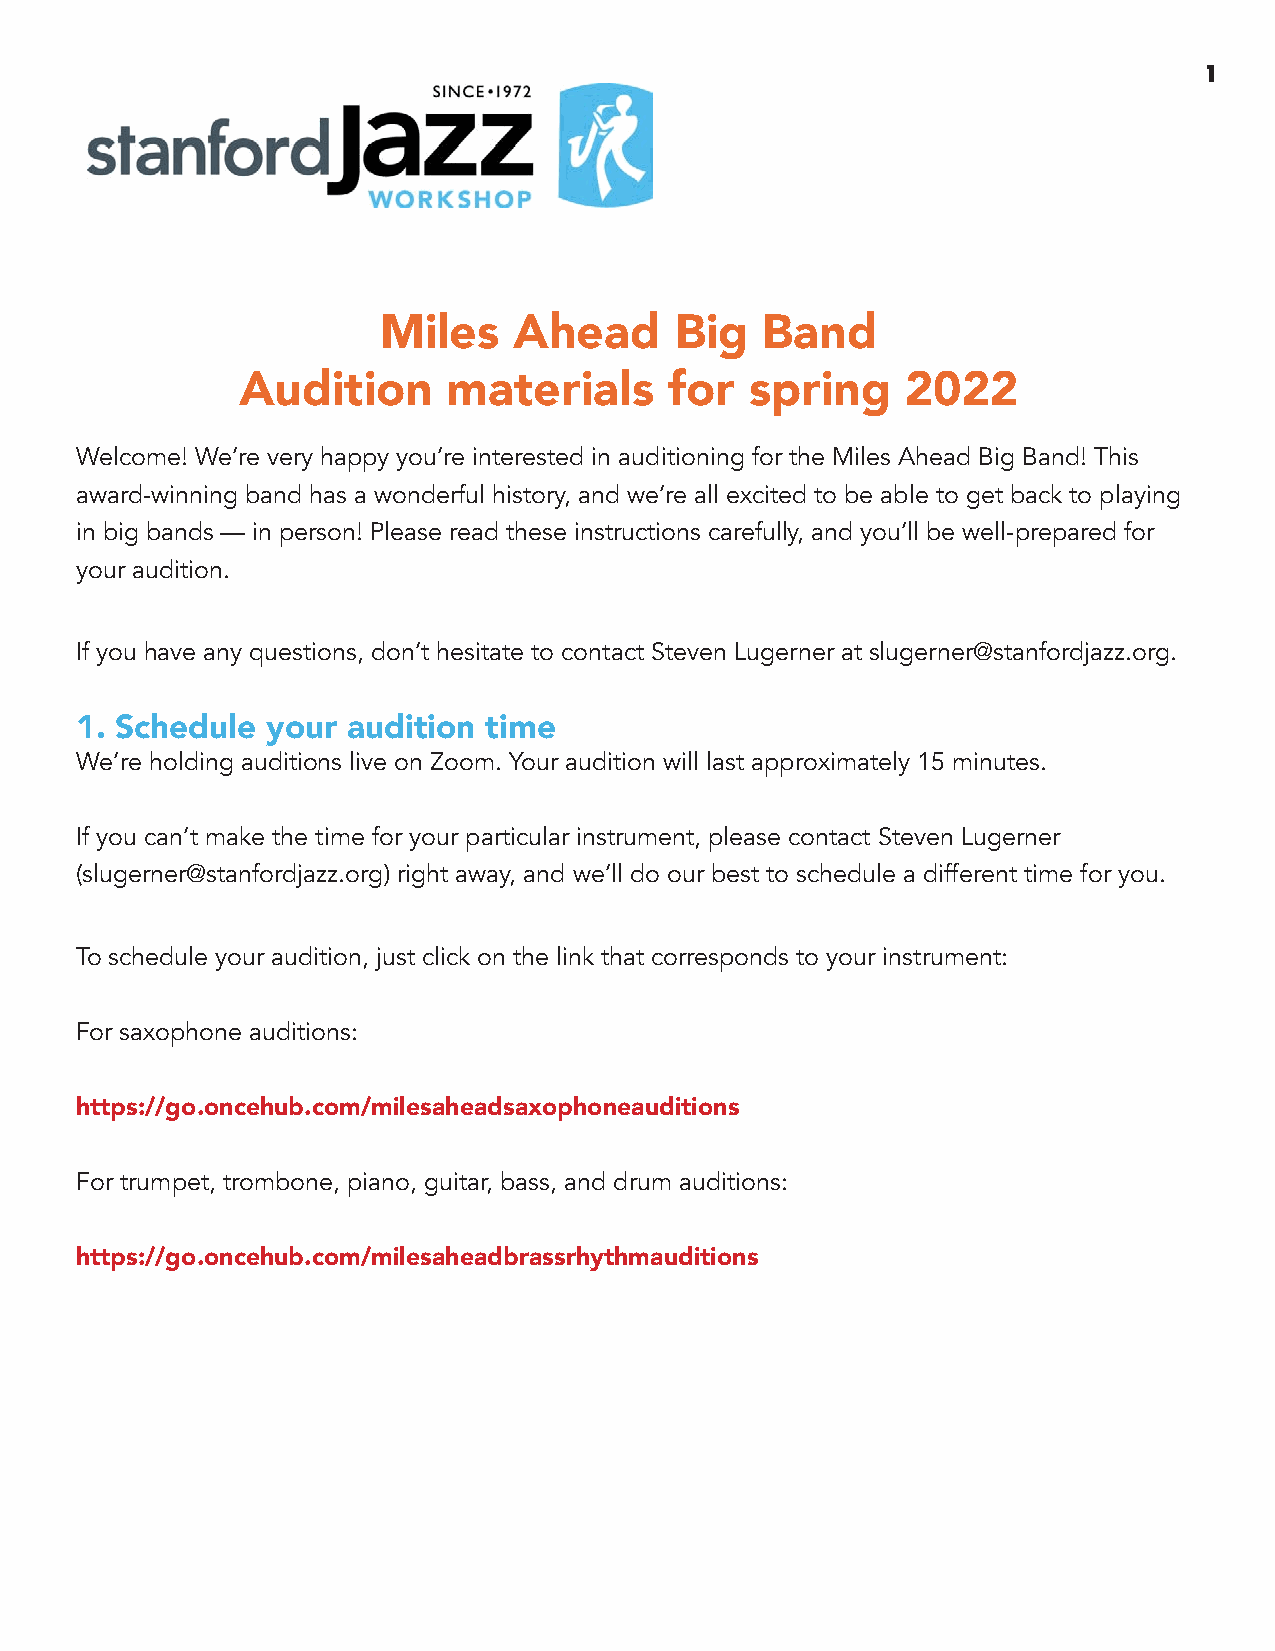
1
 Miles    Ahead      Big  Band
 Audition      materials     for   spring    2022
 Welcome! We’re very happy you’re interested in auditioning for the Miles Ahead Big Band! This
 award-winning band has a wonderful history, and we’re all excited to be able to get back to playing
 in big bands — in person! Please read these instructions carefully, and you’ll be well-prepared for
 your audition.
 If you have any questions, don’t hesitate to contact Steven Lugerner at slugerner@stanfordjazz.org.
 1. Schedule  your audition time
 We’re holding auditions live on Zoom. Your audition will last approximately 15 minutes.
 If you can’t make the time for your particular instrument, please contact Steven Lugerner
 (slugerner@stanfordjazz.org) right away, and we’ll do our best to schedule a different time for you.
 To schedule your audition, just click on the link that corresponds to your instrument:
 For saxophone auditions:
 https://go.oncehub.com/milesaheadsaxophoneauditions
 For trumpet, trombone, piano, guitar, bass, and drum auditions:
 https://go.oncehub.com/milesaheadbrassrhythmauditions